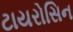
ટાયરોસિન